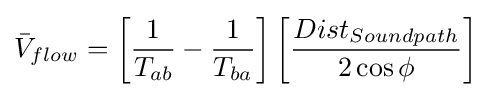
{\bar {V}}_{flow}=\left[{\frac {1}{T_{ab}}}-{\frac {1}{T_{ba}}}\right]\left[{\frac {Dist_{Soundpath}}{2\cos \phi }}\right]